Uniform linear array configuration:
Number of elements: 16
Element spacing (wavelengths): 0.5
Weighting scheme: uniform
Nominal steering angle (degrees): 45
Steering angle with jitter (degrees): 46.716
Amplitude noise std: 0.05
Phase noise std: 0.05

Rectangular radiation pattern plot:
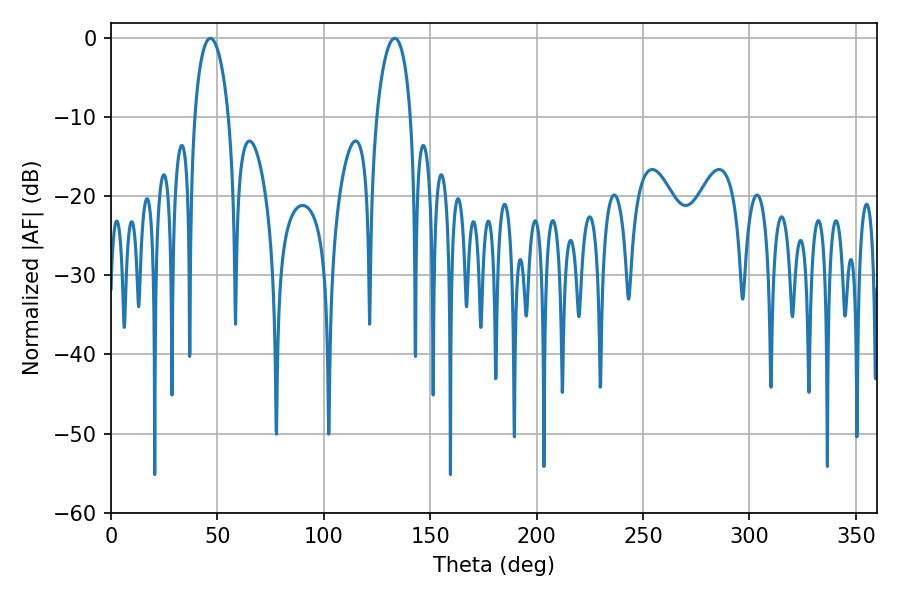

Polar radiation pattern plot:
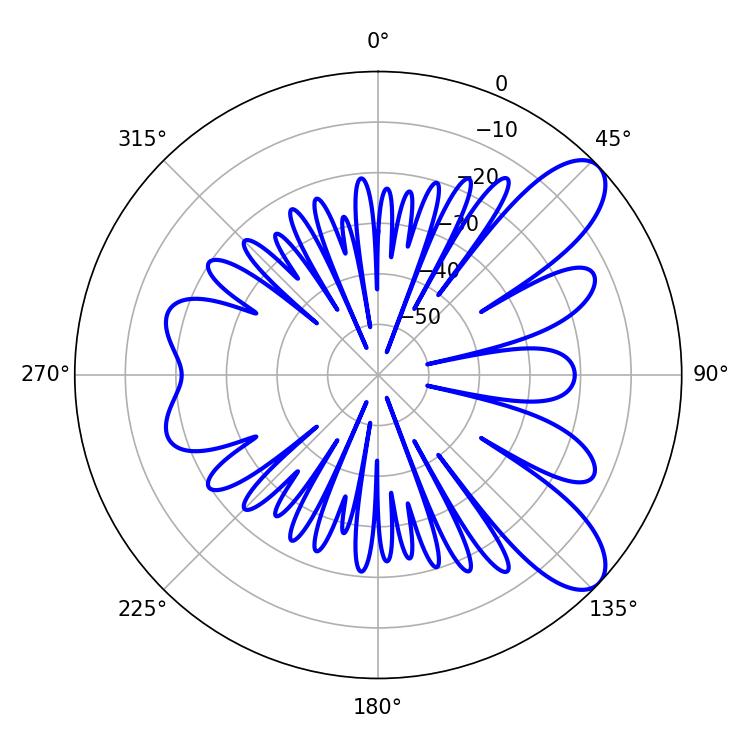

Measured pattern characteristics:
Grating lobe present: FALSE
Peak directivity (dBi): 9.048
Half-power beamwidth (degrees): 9.18
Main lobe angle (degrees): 46.62